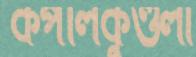
কপালকুণ্ডলা